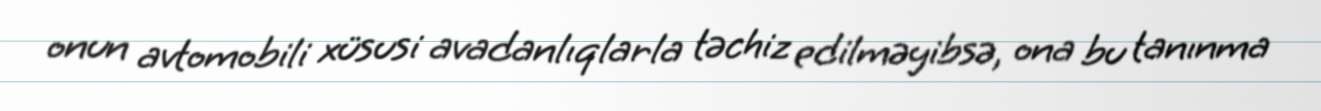
onun avtomobili xüsusi avadanlıqlarla təchiz edilməyibsə, ona bu tanınma